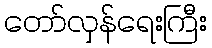
တော်လှန်ရေးကြီး